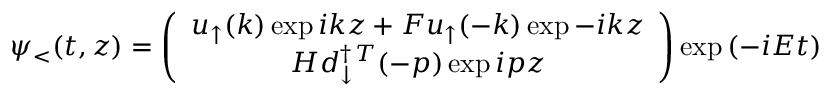
\psi _ { < } ( t , z ) = \left( \begin{array} { c } { { u _ { \uparrow } ( k ) \exp { i k z } + F u _ { \uparrow } ( - k ) \exp { - i k z } } } \\ { { H d _ { \downarrow } ^ { \dagger \, T } ( - p ) \exp { i p z } } } \end{array} \right) \exp { \left( - i E t \right) }